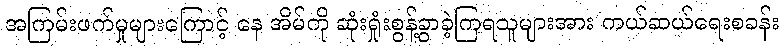
အကြမ်းဖက်မှုများကြောင့် နေ အိမ်ကို ဆုံးရှုံးစွန့်ခွာခဲ့ကြရသူများအား ကယ်ဆယ်ရေးစခန်း